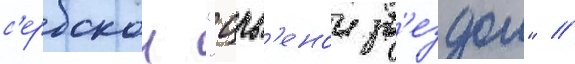
с'ербскои "црв'енои зв'ездои" /